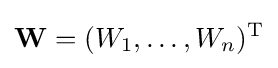
\mathbf {W} =(W_{1},\ldots ,W_{n})^{\rm {T}}